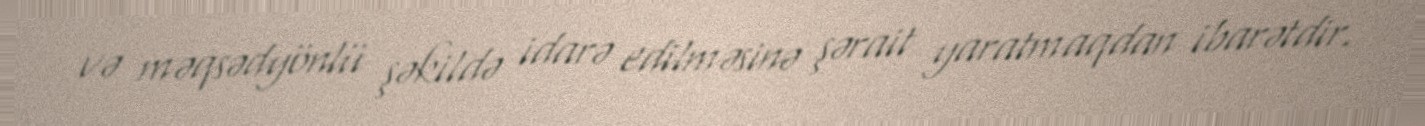
və məqsədyönlü şəkildə idarə edilməsinə şərait yaratmaqdan ibarətdir.